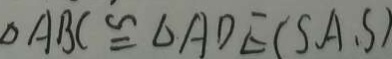
\Delta A B C \cong \Delta A D E ( S A . S )